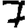
Digit: 7